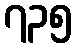
၇၃၅